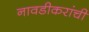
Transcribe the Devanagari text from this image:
नावडीकरांची